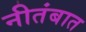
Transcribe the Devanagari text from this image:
नीतंबात